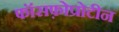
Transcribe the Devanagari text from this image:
फॉसफ़ोप्रोटीन